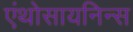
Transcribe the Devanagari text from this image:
एंथोसायनिन्स